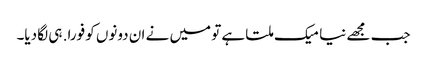
جب مجھے نیا میک ملتا ہے تو میں نے ان دونوں کو فورا. ہی لگا دیا۔